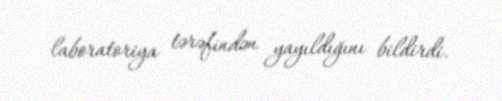
laboratoriya tərəfindən yayıldığını bildirdi.